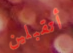
أتقبلين